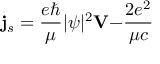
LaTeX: { \bf j } _ { s } = \frac { e \hbar } \mu | \psi | ^ { 2 } { \bf V - } \frac { 2 e ^ { 2 } } { \mu c }